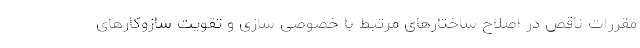
مقررات ناقص در اصلاح ساختارهای مرتبط با خصوصی سازی و تقویت سازوکارهای